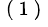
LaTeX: ^\mathrm{~(~1~)~}